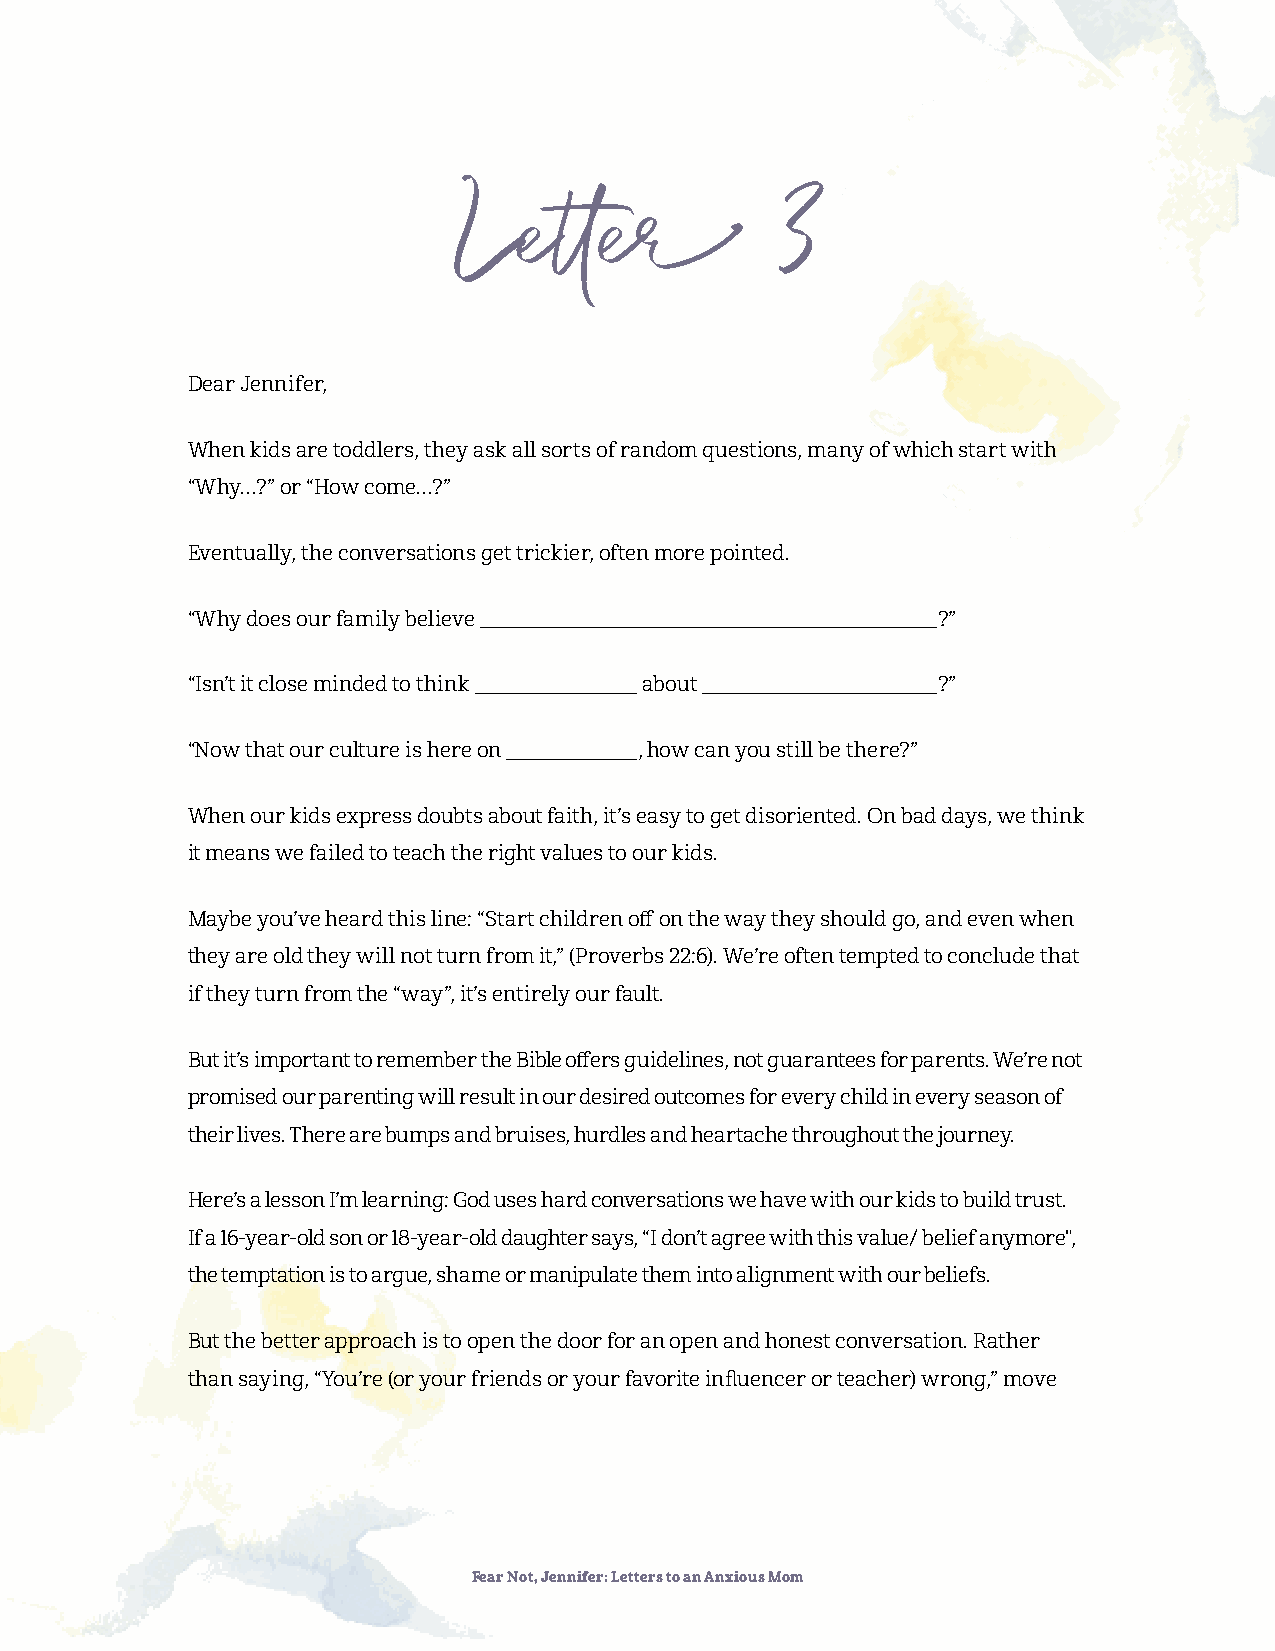
Letter                3
 Dear Jennifer,
 When kids are toddlers, they ask all sorts of random questions, many of which start with
 “Why…?” or “How come…?”
 Eventually, the conversations get trickier, often more pointed.
 “Why does our family believe                      ?”
 “Isn’t it close minded to think about             ?”
 “Now that our culture is here on , how can you still be there?”
 When our kids express doubts about faith, it’s easy to get disoriented. On bad days, we think
 it means we failed to teach the right values to our kids.
 Maybe you’ve heard this line: “Start children off on the way they should go, and even when
 they are old they will not turn from it,” (Proverbs 22:6). We’re often tempted to conclude that
 if they turn from the “way”, it’s entirely our fault.
 But it’s important to remember the Bible offers guidelines, not guarantees for parents. We’re not
 promised our parenting will result in our desired outcomes for every child in every season of
 their lives. There are bumps and bruises, hurdles and heartache throughout the journey.
 Here’s a lesson I’m learning: God uses hard conversations we have with our kids to build trust.
 If a 16-year-old son or 18-year-old daughter says, “I don’t agree with this value/ belief anymore",
 the temptation is to argue, shame or manipulate them into alignment with our beliefs.
 But the better approach is to open the door for an open and honest conversation. Rather
 than saying, “You’re (or your friends or your favorite influencer or teacher) wrong,” move
 Fear Not, Jennifer: Letters to an Anxious Mom